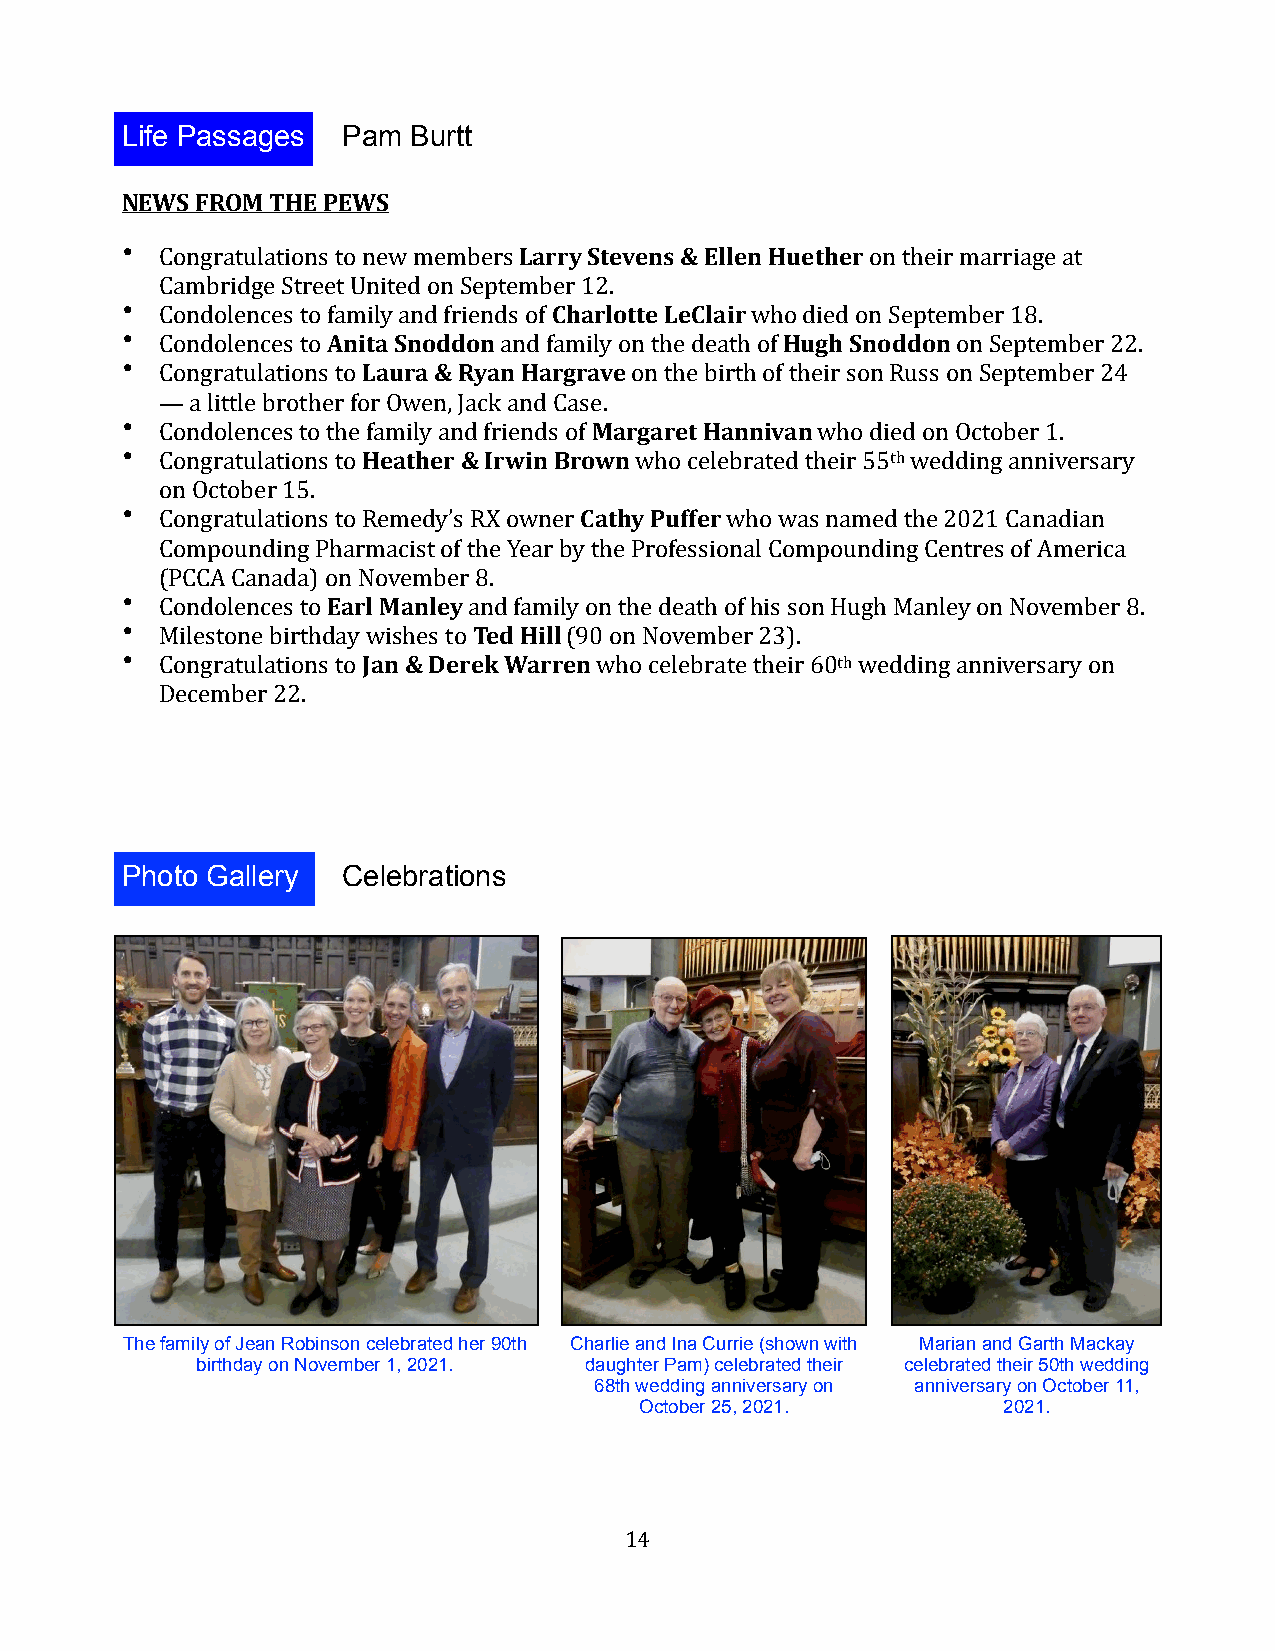
Life Passages  Pam Burtt
 NEWS FROM THE PEWS
 •  Congratulations to new members Larry Stevens & Ellen Huether on their marriage at
 Cambridge Street United on September 12.
 •  Condolences to family and friends of Charlotte LeClair who died on September 18.
 •  Condolences to Anita Snoddon and family on the death of Hugh Snoddon on September 22.
 •  Congratulations to Laura & Ryan Hargrave on the birth of their son Russ on September 24
 — a little brother for Owen, Jack and Case.
 •  Condolences to the family and friends of Margaret Hannivan who died on October 1.
 •  Congratulations to Heather & Irwin Brown who celebrated their 55th wedding anniversary
 on October 15.
 •  Congratulations to Remedy’s RX owner Cathy Puffer who was named the 2021 Canadian
 Compounding Pharmacist of the Year by the Professional Compounding Centres of America
 (PCCA Canada) on November 8.
 •  Condolences to Earl Manley and family on the death of his son Hugh Manley on November 8.
 •  Milestone birthday wishes to Ted Hill (90 on November 23).
 •  Congratulations to Jan & Derek Warren who celebrate their 60th wedding anniversary on
 December 22.
 Life Passages
 Photo Gallery  Celebrations
 The family of Jean Robinson celebrated her 90th Charlie and Ina Currie (shown with Marian and Garth Mackay
 birthday on November 1, 2021. daughter Pam) celebrated their celebrated their 50th wedding
 68th wedding anniversary on anniversary on October 11,
 October 25, 2021.       2021.
 14